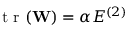
\mathrm { ~ t ~ r ~ } ( \mathbf { W } ) = \alpha E ^ { ( 2 ) }